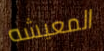
المعيشه